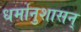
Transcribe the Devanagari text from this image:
धर्मानुशासन्